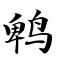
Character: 鹎